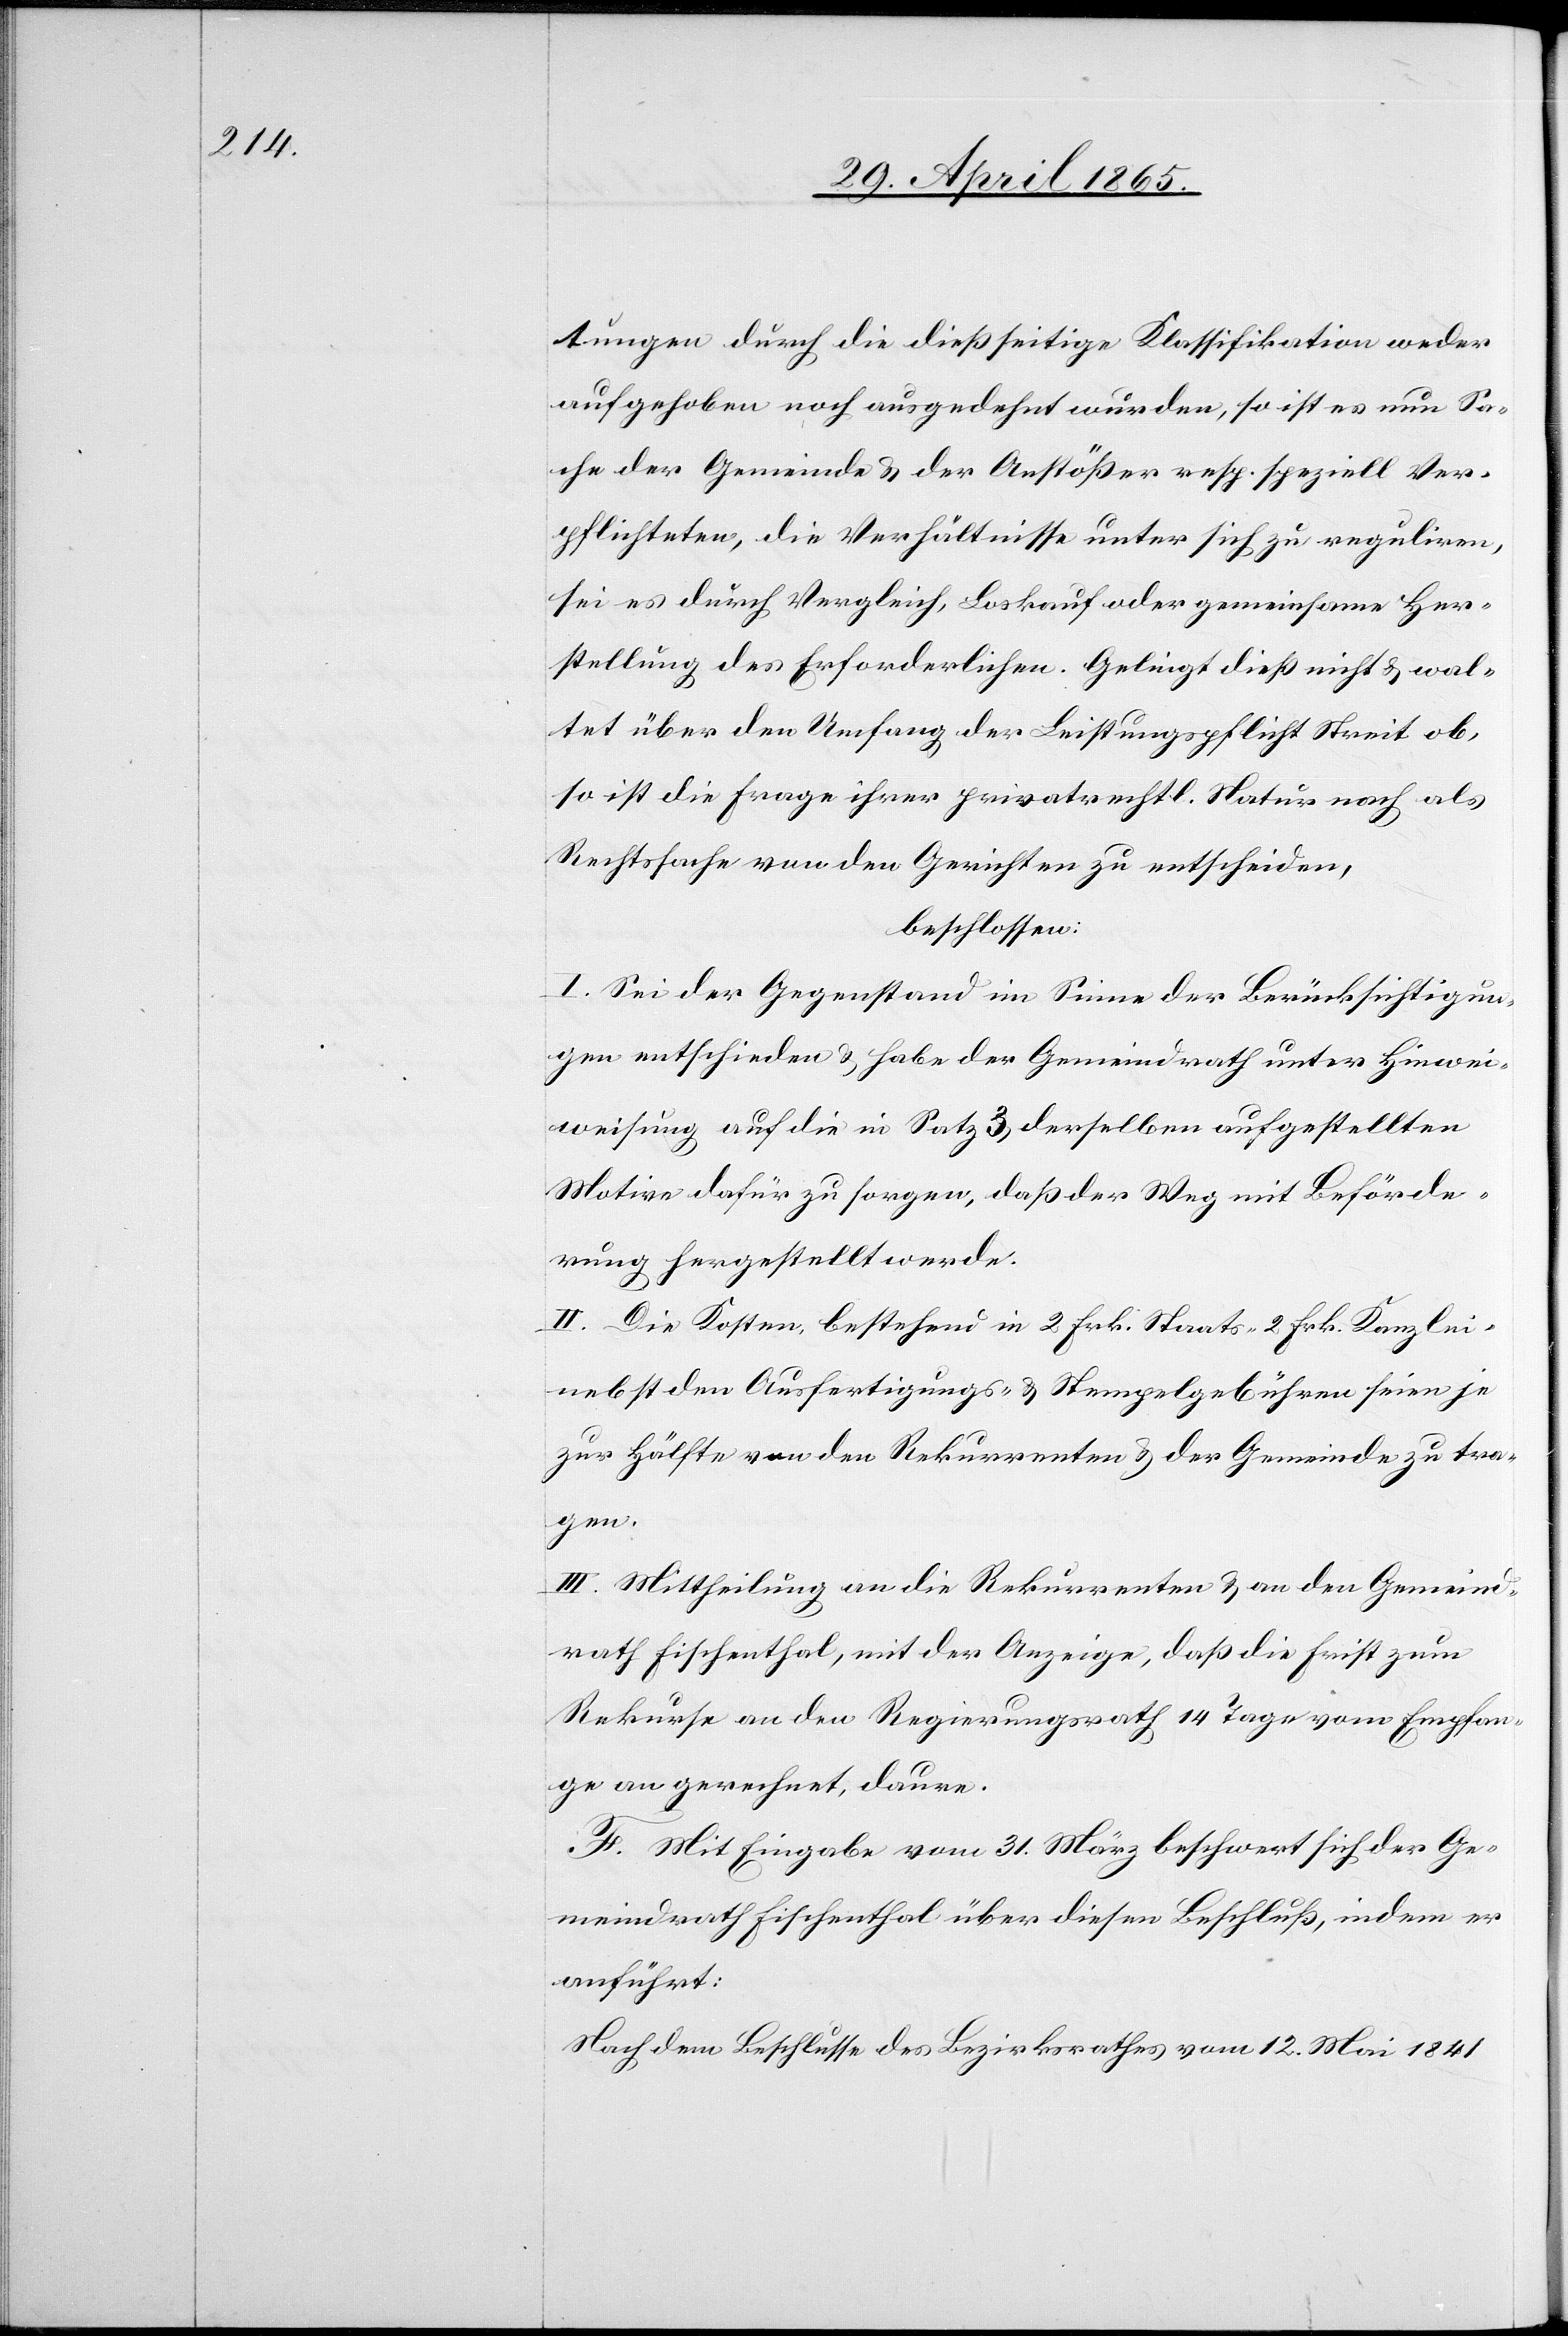
tungen durch die dießseitige Klassifikation weder
aufgehoben noch ausgedehnt wurden, so ist es nun Sa¬
che der Gemeinde & der Anstößer resp. speziell Ver¬
pflichteten, die Verhältnisse unter sich zu reguliren,
sei es durch Vergleich, Loskauf oder gemeinsame Her¬
stellung des Erforderlichen. Gelingt dieß nicht & wal¬
tet über den Umfang der Leistungspflicht Streit ob,
so ist die Frage ihrer privatrechtl. Natur noch als
Rechtssache von den Gerichten zu entscheiden,
beschlossen:
I. Sei der Gegenstand im Sinne der Berücksichtigun¬
gen entschieden & habe der Gemeindrath unter Hinwei¬
weisung [sic!] auf die in Satz 3 derselben aufgestellten
Motive dafür zu sorgen, daß der Weg mit Beförde¬
rung hergestellt werde.
II. Die Kosten, bestehend in 2 Frk. Staats-[,] 2 Frk. Kanzlei-
nebst den Ausfertigungs- & Stempelgebühren seien je
zur Hälfte von den Rekurrenten & der Gemeinde zu tra¬
gen.
III. Mittheilung an die Rekurrenten & an den Gemeind¬
rath Fischenthal, mit der Anzeige, daß die Frist zum
Rekurse an den Regierungsrath 14 Tage vom Empfan¬
ge an gerechnet, daure.
F. Mit Eingabe vom 31. März beschwert sich der Ge¬
meindrath Fischenthal über diesen Beschluß, indem er
anführt:
Nach dem Beschlusse des Bezirksrathes vom 12. Mai 1841